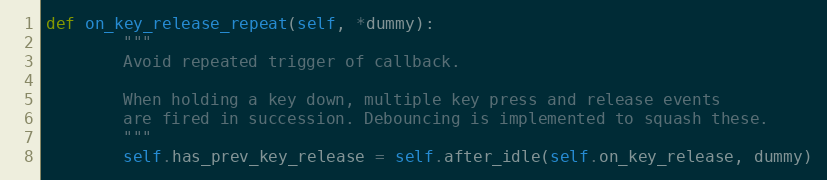
Language: Python
def on_key_release_repeat(self, *dummy):
        """
        Avoid repeated trigger of callback.

        When holding a key down, multiple key press and release events
        are fired in succession. Debouncing is implemented to squash these.
        """
        self.has_prev_key_release = self.after_idle(self.on_key_release, dummy)